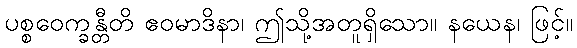
ပစ္စဝေက္ခန္တီတိ ဧဝမာဒိနာ၊ ဤသို့အတူရှိသော။ နယေန၊ ဖြင့်။